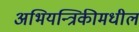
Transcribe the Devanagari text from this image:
अभियन्त्रिकीमधील